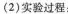
(2)实验过程：